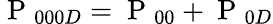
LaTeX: \mathrm{~P~}_{000D}=\mathrm{~P~}_{00}+\mathrm{~P~}_{0D}